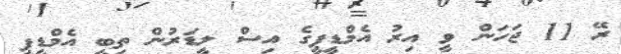
ރޭ 11 ޖަހަން ވީ އިރު އެމްޑީޕީގެ އިސް ލީޑަރުން ތިބީ އެމްޑީޕީ